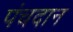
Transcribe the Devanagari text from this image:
पंचदान